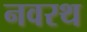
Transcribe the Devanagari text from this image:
नवरथ